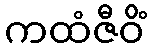
ကထံဇီဝိံ